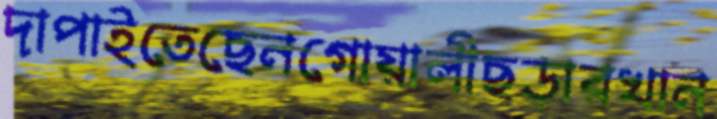
দাপাইতেছেনগোয়ালীছড়ারখান